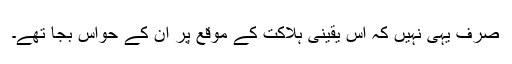
صرف یہی نہیں کہ اس یقینی ہلاکت کے موقع پر ان کے حواس بجا تھے۔